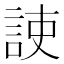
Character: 𧧅